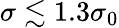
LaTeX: \sigma\lesssim 1.3\sigma_{0}